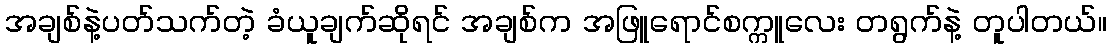
အချစ်နဲ့ပတ်သက်တဲ့ ခံယူချက်ဆိုရင် အချစ်က အဖြူရောင်စက္ကူလေး တရွက်နဲ့ တူပါတယ်။